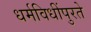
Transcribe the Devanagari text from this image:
धर्मविधींपुरते